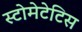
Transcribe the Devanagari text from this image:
स्टोमेटेटिस